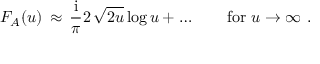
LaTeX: F _ { A } ( u ) \, \approx \, { \frac { \mathrm { i } } { \pi } } 2 \, \sqrt { 2 u } \, \mathrm { l o g } \, u + \ldots \qquad \mathrm { f o r ~ } u \to \infty \ .